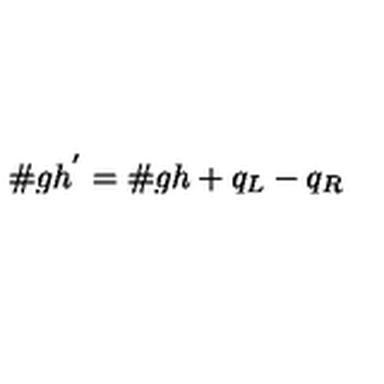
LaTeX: { \# } g h ^ { ' } = { \# } g h + q _ { L } - q _ { R }